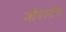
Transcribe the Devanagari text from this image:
जौनस्टेन